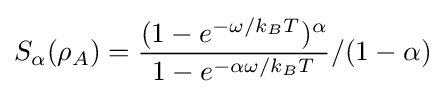
S_{\alpha }(\rho _{A})={\frac {(1-e^{-\omega /k_{B}T})^{\alpha }}{1-e^{-\alpha \omega /k_{B}T}}}/(1-\alpha )